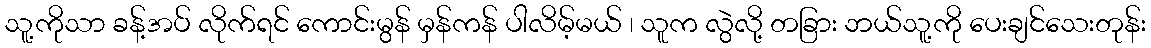
သူ့ကိုသာ ခန့်အပ် လိုက်ရင် ကောင်းမွန် မှန်ကန် ပါလိမ့်မယ် ၊ သူက လွဲလို့ တခြား ဘယ်သူ့ကို ပေးချင်သေးတုန်း